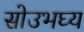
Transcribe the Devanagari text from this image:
सोउभघ्य